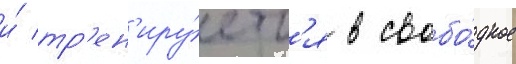
и́ тр'ен'иру́етс'я в свобо́дное